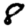
Digit: 8